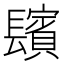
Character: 𨲺